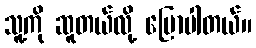
သူ့ကို ဆူတယ်လို့ ပြောပါတယ်။